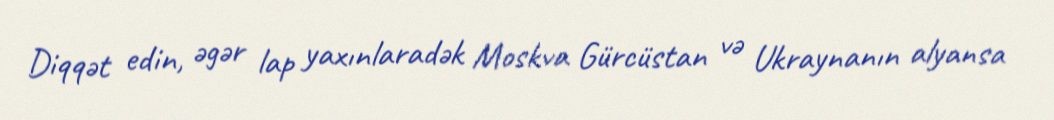
Diqqət edin, əgər lap yaxınlaradək Moskva Gürcüstan və Ukraynanın alyansa